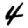
Digit: 4